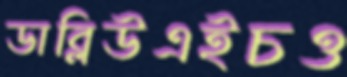
ডাব্লিউএইচও